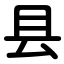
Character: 县